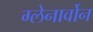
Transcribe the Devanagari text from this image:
ग्लेनार्वोन